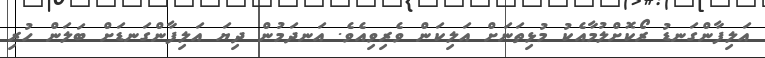
އަލިފާންގަނޑު ރޯކޮށްލުމާއެކު މުޅިތަނަށް އަލިކަން ވެރިވިއެވެ. އަނދަމުން ދިޔަ އަލިފާންގަނޑަށް ބަލަން ހުރި